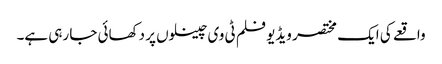
واقعے کی ایک مختصر ویڈیو فلم ٹی وی چینلوں پر دکھائی جا رہی ہے۔